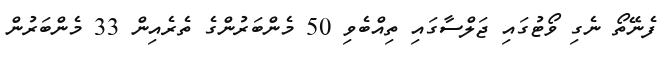
ފެނޭތޯ ނެގި ވޯޓުގައި ޖަލްސާގައި ތިއްބެވި 50 މެންބަރުންގެ ތެރެއިން 33 މެންބަރުން